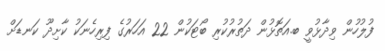
ފުލުހުން ވިދާޅުވީ ބ.އަތޮޅުން ދަތުރުކުރި ބޯޓަކުން 22 އަހަރުގެ ފިރިހެނަކު ކާށިދޫ ކަނޑަށް